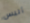
أليس